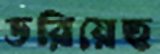
ডরিয়েছ